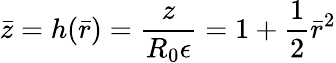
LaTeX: \bar{z}=h(\bar{r})=\frac{z}{R_{0}{\epsilon}}=1+\frac{1}{2}\bar{r}^{2}